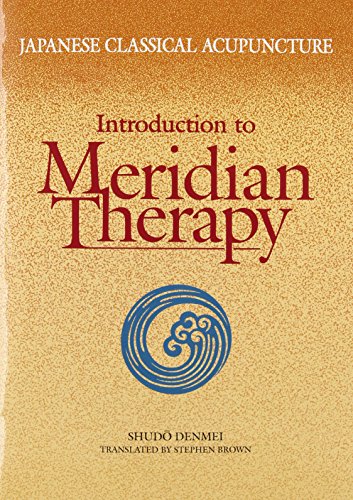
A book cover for Japanese Classical Acupuncture: Introduction to Meridian Therapy; Shudo Denmei; Health, Fitness & Dieting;